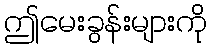
ဤမေးခွန်းများကို